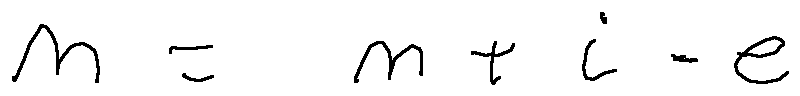
m = m + i - e